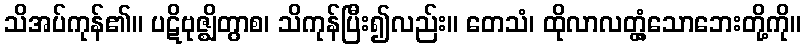
သိအပ်ကုန်၏။ ပဋိဗုဇ္ဈိတွာစ၊ သိကုန်ပြီး၍လည်း။ တေသံ၊ ထိုလာလတ္တံ့သောဘေးတို့ကို။